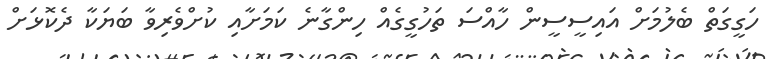
ހަގީގަތް ބެލުމަށް އައިސީސީން ހާއްސަ ތަހުގީގެއް ހިންގާނެ ކަމަށާއި ކުށްވެރިވާ ބަޔަކާ ދެކޮޅަށް